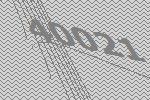
40021